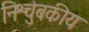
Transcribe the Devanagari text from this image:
निश्चुंबकीय